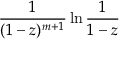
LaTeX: { \frac { 1 } { ( 1 - z ) ^ { m + 1 } } } \ln { \frac { 1 } { 1 - z } }